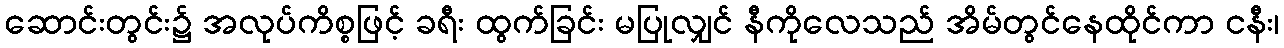
ဆောင်းတွင်း၌ အလုပ်ကိစ္စဖြင့် ခရီး ထွက်ခြင်း မပြုလျှင် နီကိုလေသည် အိမ်တွင်နေထိုင်ကာ ငနီး၊